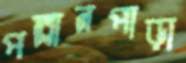
পল্লানপাড়া